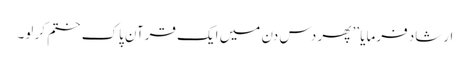
ارشاد فرمایا ’’ پھر دس دن میں ایک قرآنِ پاک ختم کر لو۔